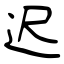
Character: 迟